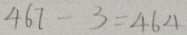
4 6 7 - 3 = 4 6 4